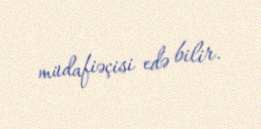
müdafiəçisi edə bilir.